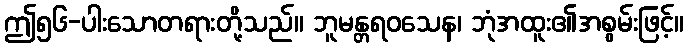
ဤ၅၆-ပါးသောတရားတို့သည်။ ဘူမန္တရဝသေန၊ ဘုံအထူး၏အစွမ်းဖြင့်။